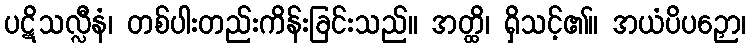
ပဋိသလ္လီနံ၊ တစ်ပါးတည်းကိန်းခြင်းသည်။ အတ္ထိ၊ ရှိသင့်၏။ အယံပိပဉှော၊